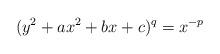
LaTeX: \begin{align*}(y^2+ax^2+bx+c)^q=x^{-p}\end{align*}